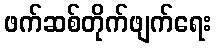
ဖက်ဆစ်တိုက်ဖျက်ရေး